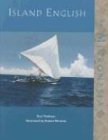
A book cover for Island English for Micronesia; Tom Tinkham; Travel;